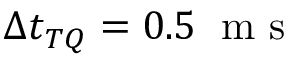
\Delta t _ { T Q } = 0 . 5 \; \mathrm { ~ m ~ s ~ }